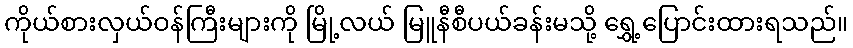
ကိုယ်စားလှယ်ဝန်ကြီးများကို မြို့လယ် မြူနီစီပယ်ခန်းမသို့ ရွှေ့ပြောင်းထားရသည်။